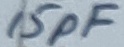
Text: 15pF